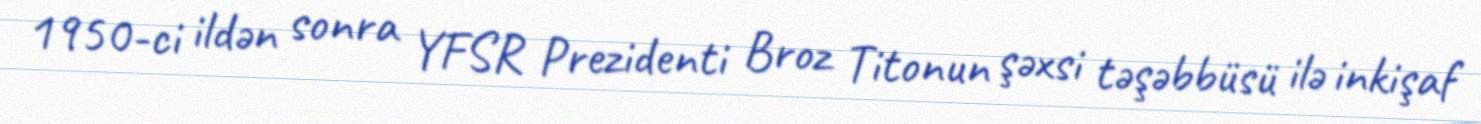
1950-ci ildən sonra YFSR Prezidenti Broz Titonun şəxsi təşəbbüsü ilə inkişaf